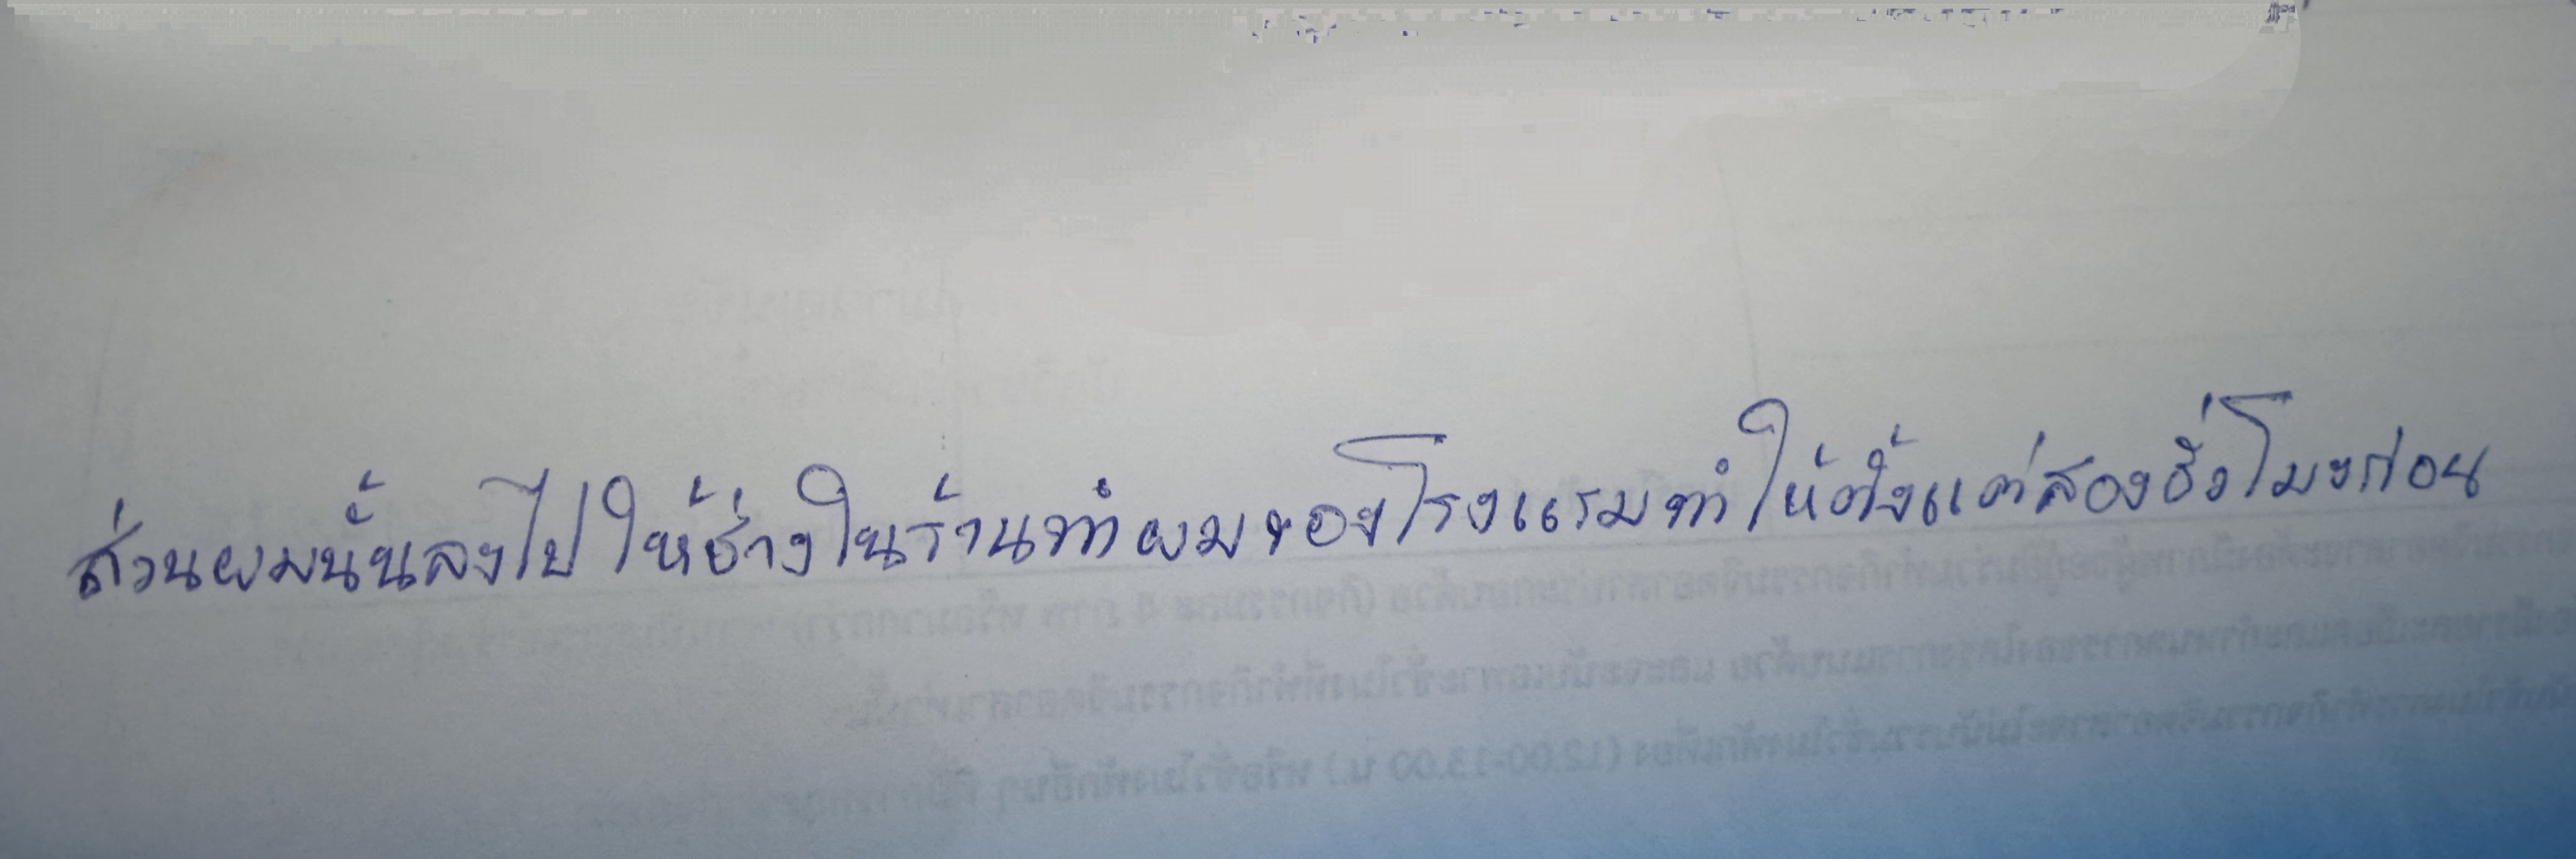
ส่วนผมนั้นลงไปให้ช่างในร้านทำผมของโรงแรมทำให้ตั้งแต่สองชั่วโมงก่อน